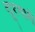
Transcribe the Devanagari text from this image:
दूरगामे